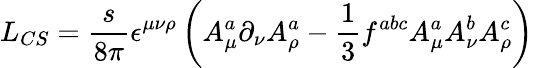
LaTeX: L_{CS}=\frac s{8\pi}\epsilon^{\mu\nu\rho}\left(A_{\mu}^{a}\partial_{\nu}A_{\rho}^{a}-\frac 13f^{abc}A_{\mu}^{a}A_{\nu}^{b}A_{\rho}^{c}\right)